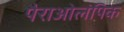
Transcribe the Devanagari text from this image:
पैराओलंपिक